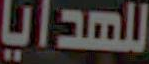
للهدايا